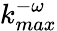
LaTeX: k_{max}^{-\omega}